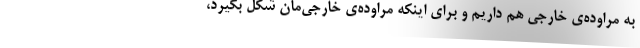
به مراوده‌ی خارجی هم داریم و برای اینکه مراوده‌ی خارجی‌مان شکل بگیرد،